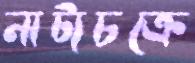
নাট্যচক্রে